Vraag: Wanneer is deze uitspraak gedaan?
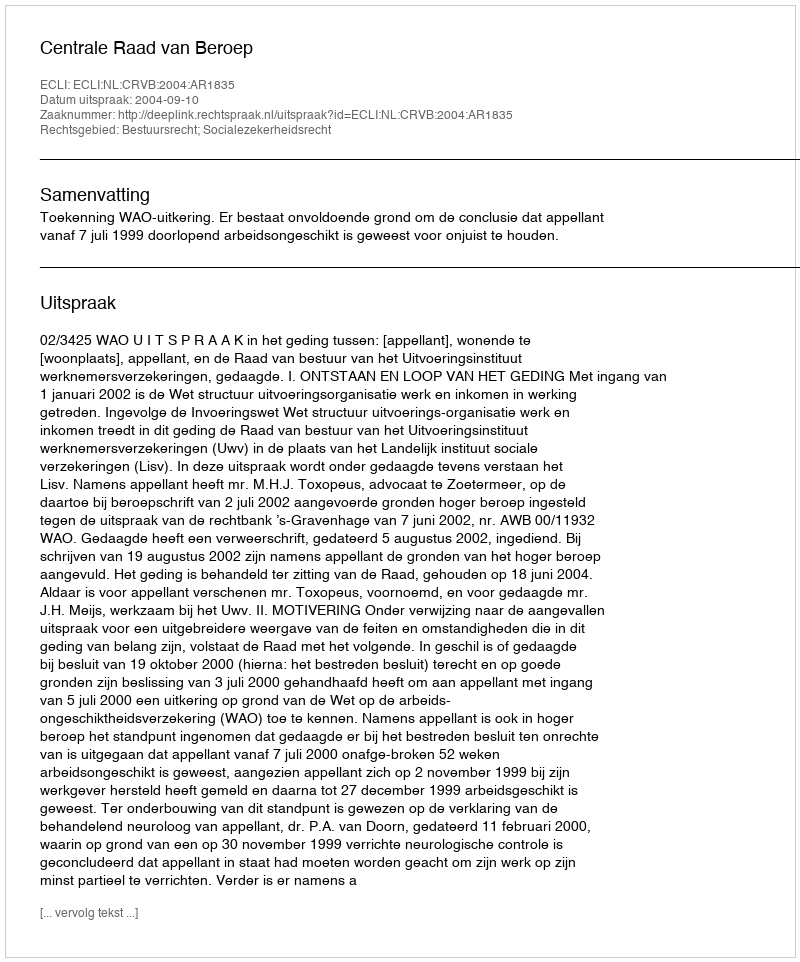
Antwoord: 2004-09-10